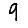
Digit: 9